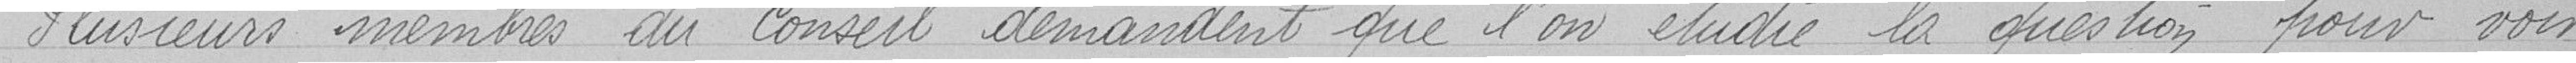
Plusieurs membres du conseil demandent que l'on étudie la question pour voir